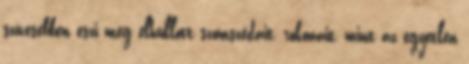
szívesebben eszi meg elhullott szomszédait, rokonait, mint az egyetlen